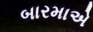
બારમાએ